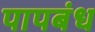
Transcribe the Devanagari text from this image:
पापबंध